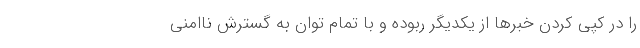
را در کپی کردن خبرها از یکدیگر ربوده و با تمام توان به گسترش ناامنی